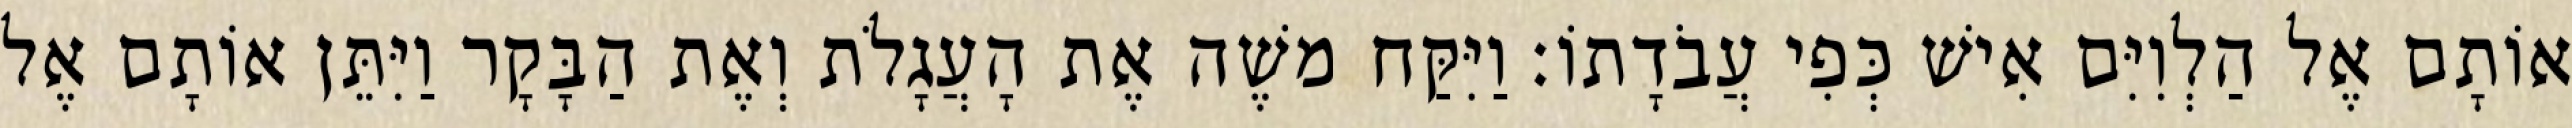
אוֹתָם אֶל הַלְוִיִּם אִישׁ כְּפִי עֲבֹדָתוֹ׃ וַיִּקַּח משֶׁה אֶת הָעֲגָלֹת וְאֶת הַבָּקָר וַיִּתֵּן אוֹתָם אֶל